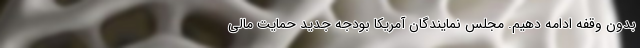
بدون وقفه ادامه دهیم. مجلس نمایندگان آمریکا بودجه جدید حمایت مالی